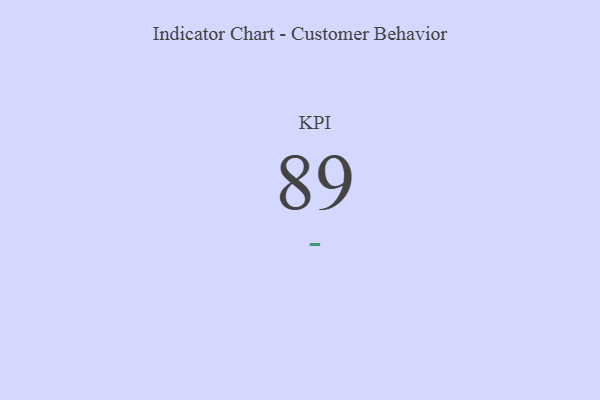
{"axis": {"x": "KPI", "y": "Value"}, "legend": [""], "data": [{"x": "KPI", "y": 89, "type": ""}]}